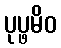
ပုပ္ဖမိဝ